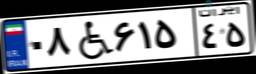
۰۸W۶۱۵۴۵